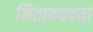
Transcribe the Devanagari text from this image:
मितावयवता